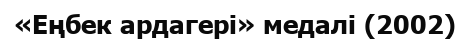
«Еңбек ардагері» медалі (2002)